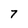
Character: 7